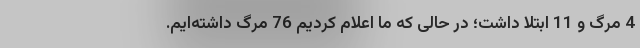
4 مرگ و 11 ابتلا داشت؛ در حالی که ما اعلام کردیم 76 مرگ داشته‌ایم.